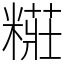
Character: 糚